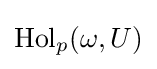
\operatorname {Hol} _{p}(\omega ,U)